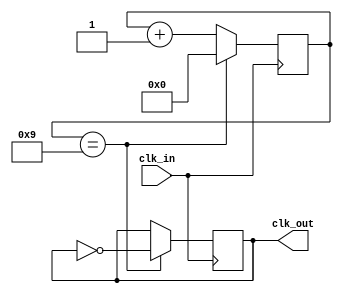
module Frequency_Synthesizer (
    input wire clk_in,                // High-frequency input clock signal
    output wire clk_out                // Lower frequency output signal
);

parameter DIV_RATIO = 10;             // Predetermined division ratio

reg [DIV_RATIO-1:0] counter;          // Counter to keep track of clock cycles

always @(posedge clk_in) begin
    if (counter == DIV_RATIO - 1) begin
        counter <= 0;
        clk_out <= ~clk_out;           // Toggle output signal every DIV_RATIO clock cycles
    end else begin
        counter <= counter + 1;
    end
end

endmodule